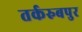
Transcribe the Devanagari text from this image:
तर्करुबपुर